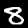
Label: 8